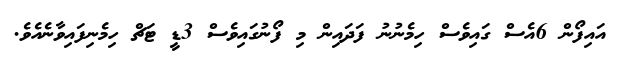
އައިފޯން 6އެސް ގައިވެސް ހިމެނުނު ފަދައިން މި ފޯނުގައިވެސް 3ޑީ ޓަޗް ހިމެނިފައިވާނެއެވެ.